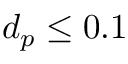
d _ { p } \leq 0 . 1